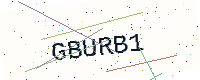
Text: GBURB1